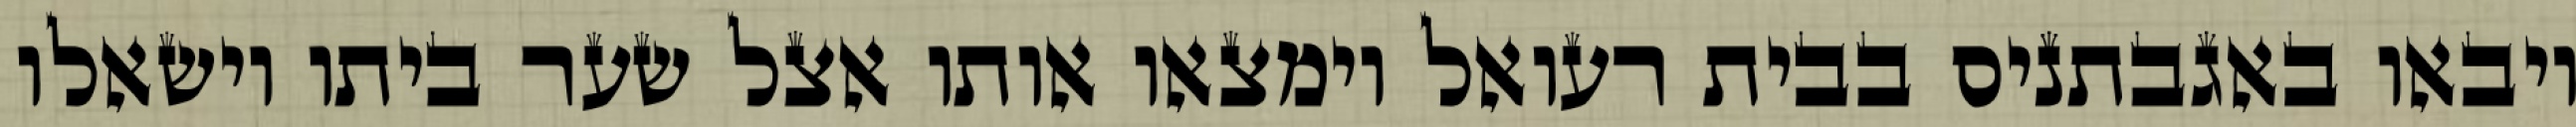
ויבאו באגבתניס בבית רעואל וימצאו אותו אצל שער ביתו וישאלו